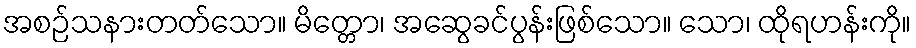
အစဉ်သနားတတ်သော။ မိတ္တော၊ အဆွေခင်ပွန်းဖြစ်သော။ သော၊ ထိုရဟန်းကို။